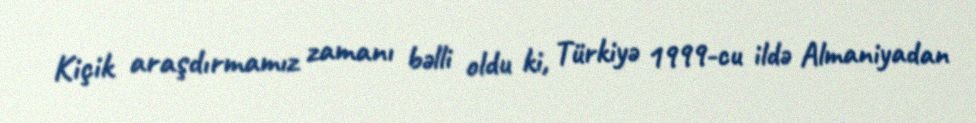
Kiçik araşdırmamız zamanı bəlli oldu ki, Türkiyə 1999-cu ildə Almaniyadan